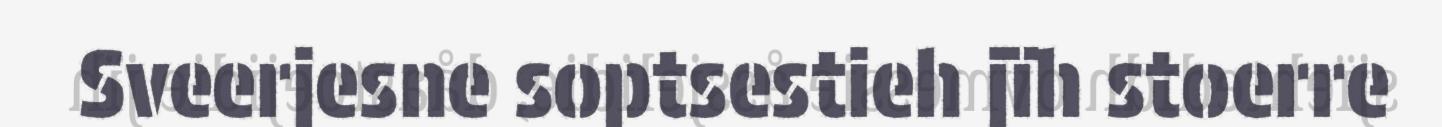
Sveerjesne soptsestieh jïh stoerre